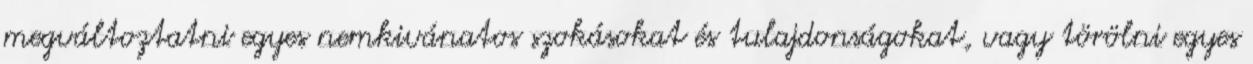
megváltoztatni egyes nemkivánatos szokásokat és tulajdonságokat, vagy törölni egyes